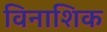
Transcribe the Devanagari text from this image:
विनाशिक